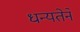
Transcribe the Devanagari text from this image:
धन्यतेने